Annual returns of the Patna Lunatic Asylum at Bankipore in Bihar and Orissa - 1912-1924
Year: 1912
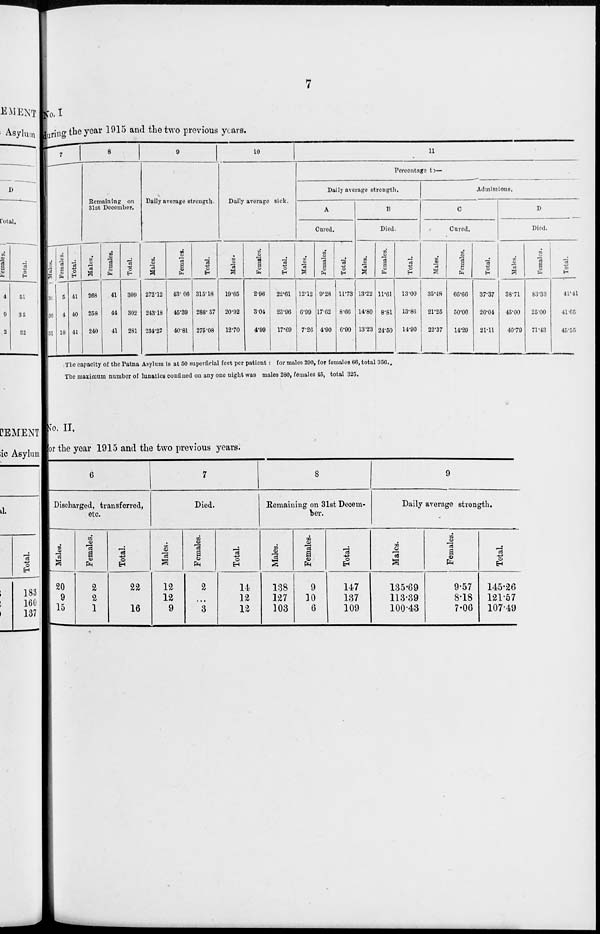
7
No. I
during the year 1915 and the two previous years.
7
Males.
36
36
31
Females.
5
4
10
Total.
41
40
41
8
Remaining on
31st December.
Males.
268
258
240
Females.
41
44
41
Total.
309
302
281
9
Daily average strength.
Males.
272.12
243.18
234.27
Females.
43. 06
45.39
40.81
Total.
315.18
288.57
275.08
10
Daily average sick.
Males.
19.65
20.92
12.70
Females.
2.96
3.04
4.99
Total.
22.61
23.96
17.69
11
Percentage to—
Daily average strength.
A
Cured.
Males.
12.12
6.99
7.26
Females.
9.28
17.62
4.90
Total.
11.73
8.66
6.90
B
Died.
Males.
13.22
14.80
13.23
Females.
11.61
8.81
24.50
Total.
13.00
13.86
14.90
Admissions.
C
Cured.
Males.
35.48
21.25
22.37
Females.
66.66
50.00
14.29
Total.
37.37
26.04
21.11
D
Died.
Males.
38.71
45.00
40.79
Females.
83.33
25.00
71.43
Total.
41.41
41.05
45.55
The capacity of the Patna Asylum is at 50 superficial feet per patient : for males 290, for females 66, total 356.,
The maximum number of lunatics confined on any one night was males 280, females 45, total 325.
No. II.
for the year 1915 and the two previous years.
6
Discharged, transferred,
etc.
Males.
20
9
15
Females.
2
2
1
Total.
22
11
16
7
Died.
Males.
12
12
9
Females.
2
...
3
Total.
14
12
12
8
Remaining on 31st Decem-
ber.
Males.
138
127
103
Females.
9
10
6
Total.
147
137
109
9
Daily average strength.
Males.
135.69
113.39
100.43
Females.
9.57
8.18
7.06
Total.
145.26
121.57
107.49